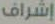
إشراف